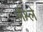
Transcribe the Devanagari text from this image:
लैश्ले